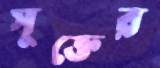
সূক্তের